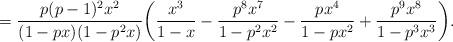
LaTeX: \begin{align*}= \frac{p(p-1)^2x^2}{(1-px)(1-p^2x)}\bigg(\frac{x^3}{1-x} - \frac{p^8x^7}{1-p^2x^2} - \frac{px^4}{1-px^2} + \frac{p^9x^8}{1-p^3x^3}\bigg).\end{align*}